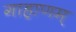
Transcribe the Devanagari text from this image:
गाहाणम्